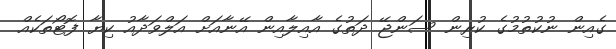
ގެއިން ނުކުތުމުގެ ކުރިން ސަންޖޭ ދަތުގެ އާއިލާއިން އޭނާއަށް އަލްވަދާއު ކިޔާ ފޮޓޯތަކެއް